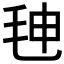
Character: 𰚒